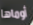
أوماها